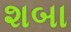
શબા